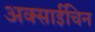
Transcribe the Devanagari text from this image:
अक्साईचिन